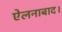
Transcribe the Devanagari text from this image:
ऐलनाबाद।